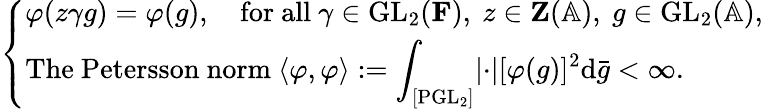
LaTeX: \begin{array}{r}{\left\{ \begin{array}{ll}{\varphi(z\gamma g)=\varphi(g),\quad\mathrm{for~all~}\gamma\in\mathrm{GL}_{2}(\mathbf{F}),~z\in\mathbf{Z}(\mathbb{A}),~g\in\mathrm{GL}_{2}(\mathbb{A}),}\\ {\mathrm{The~Petersson~norm~}\langle\varphi,\varphi\rangle:=\displaystyle\int_{[\mathrm{PGL}_{2}]}\lvert\cdot\rvert[\varphi(g)]^{2}\mathrm{d}\bar{g}<\infty.}\end{array}\right.}\end{array}